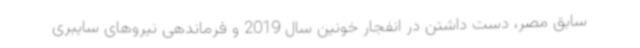
سابق مصر، دست داشتن در انفجار خونین سال 2019 و فرماندهی نیروهای سایبری